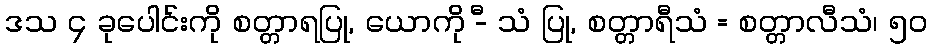
ဒသ ၄ ခုပေါင်းကို စတ္တာရပြု, ယောကို -ီ သံ ပြု, စတ္တာရီသံ = စတ္တာလီသံ၊ ၅၀